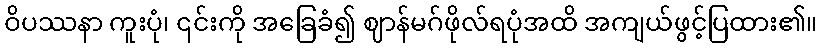
ဝိပဿနာ ကူးပုံ၊ ၎င်းကို အခြေခံ၍ ဈာန်မဂ်ဖိုလ်ရပုံအထိ အကျယ်ဖွင့်ပြထား၏။